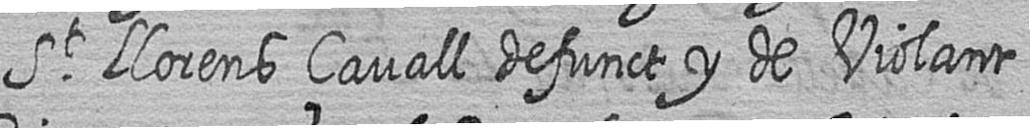
St Llorens çavall defunct y de Violant